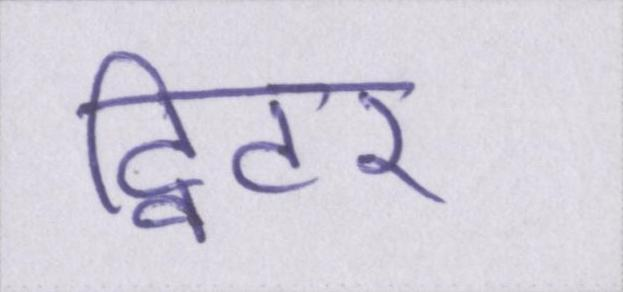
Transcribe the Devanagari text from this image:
ट्विटर